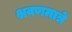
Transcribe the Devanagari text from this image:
श्रवणमात्रें